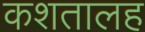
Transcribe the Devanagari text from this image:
कशतालह